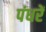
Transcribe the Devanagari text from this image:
पंधरें